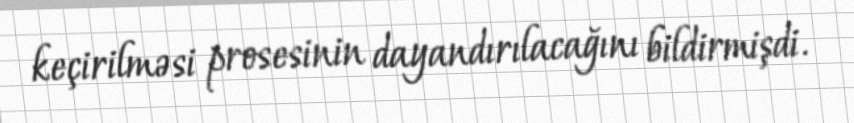
keçirilməsi prosesinin dayandırılacağını bildirmişdi.